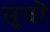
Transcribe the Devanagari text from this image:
सूजों